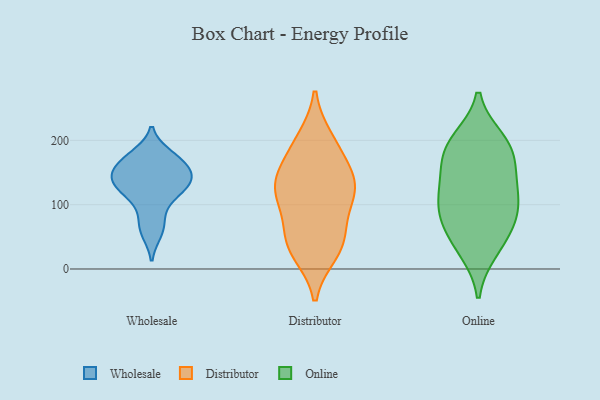
{"axis": {"x": "Market Share (%)", "y": "Value"}, "legend": ["Distributor", "Online", "Wholesale"], "data": [{"x": "", "y": 142, "type": "Wholesale"}, {"x": "", "y": 72, "type": "Wholesale"}, {"x": "", "y": 130, "type": "Wholesale"}, {"x": "", "y": 177, "type": "Wholesale"}, {"x": "", "y": 155, "type": "Wholesale"}, {"x": "", "y": 164, "type": "Wholesale"}, {"x": "", "y": 172, "type": "Wholesale"}, {"x": "", "y": 138, "type": "Wholesale"}, {"x": "", "y": 140, "type": "Wholesale"}, {"x": "", "y": 57, "type": "Wholesale"}, {"x": "", "y": 119, "type": "Wholesale"}, {"x": "", "y": 108, "type": "Wholesale"}, {"x": "", "y": 116, "type": "Distributor"}, {"x": "", "y": 132, "type": "Distributor"}, {"x": "", "y": 120, "type": "Distributor"}, {"x": "", "y": 109, "type": "Distributor"}, {"x": "", "y": 200, "type": "Distributor"}, {"x": "", "y": 36, "type": "Distributor"}, {"x": "", "y": 46, "type": "Distributor"}, {"x": "", "y": 160, "type": "Distributor"}, {"x": "", "y": 191, "type": "Distributor"}, {"x": "", "y": 53, "type": "Distributor"}, {"x": "", "y": 135, "type": "Distributor"}, {"x": "", "y": 27, "type": "Distributor"}, {"x": "", "y": 39, "type": "Online"}, {"x": "", "y": 194, "type": "Online"}, {"x": "", "y": 86, "type": "Online"}, {"x": "", "y": 68, "type": "Online"}, {"x": "", "y": 178, "type": "Online"}, {"x": "", "y": 29, "type": "Online"}, {"x": "", "y": 200, "type": "Online"}, {"x": "", "y": 97, "type": "Online"}, {"x": "", "y": 146, "type": "Online"}, {"x": "", "y": 132, "type": "Online"}, {"x": "", "y": 186, "type": "Online"}, {"x": "", "y": 124, "type": "Online"}, {"x": "", "y": 87, "type": "Online"}]}